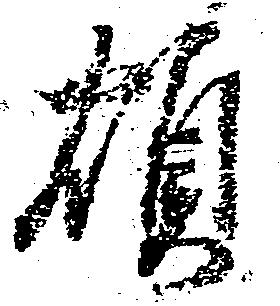
煩